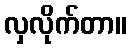
လှလိုက်တာ။